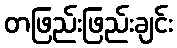
တဖြည်းဖြည်းချင်း